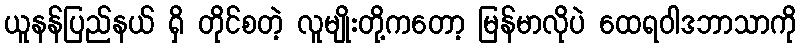
ယူနန်ပြည်နယ် ရှိ တိုင်စတဲ့ လူမျိုးတို့ကတော့ မြန်မာလိုပဲ ထေရဝါဒဘာသာကို